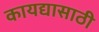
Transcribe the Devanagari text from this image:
कायद्यासाठी